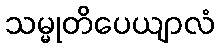
သမ္မုတိပေယျာလံ